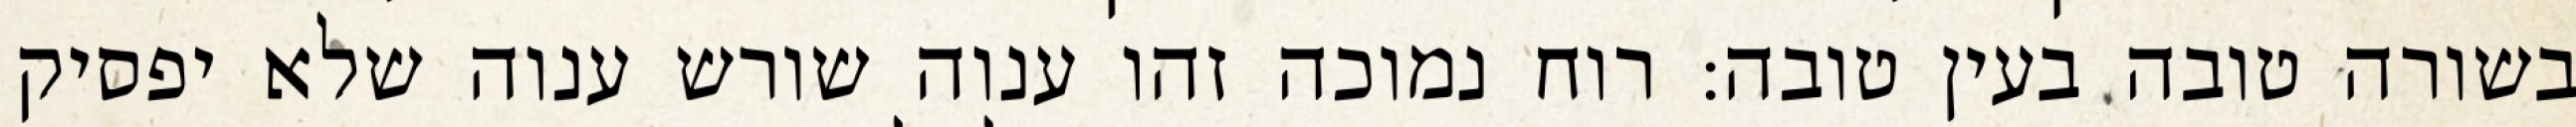
בשורה טובה בעין טובה: רוח נמוכה זהו ענוה שורש ענוה שלא יפסיק